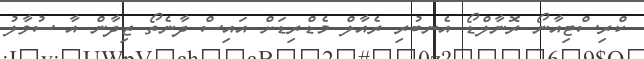
ކްރިސްޓިއާނޯ ރޮނާލްޑޯ އެނބުރި ރެއާލް މެޑްރިޑަށް އައިސް ދާނެތޯ ޒިދާން އާ ސުވާލު